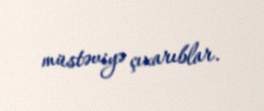
müstəviyə çıxarıblar.